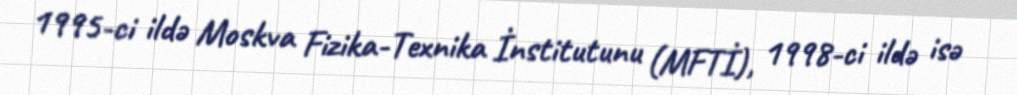
1995-ci ildə Moskva Fizika-Texnika İnstitutunu (MFTİ), 1998-ci ildə isə